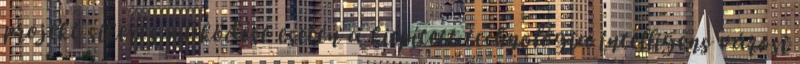
projekt sikeres működése esetén a kiépített technológia intelligens városi